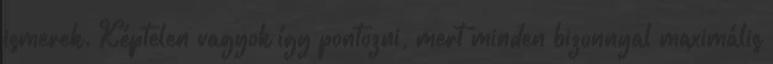
ismerek. Képtelen vagyok így pontozni, mert minden bizonnyal maximális